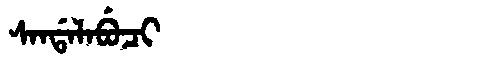
Manchu: ᠰᠠᠨᡩᠠᠯᠠᠪᡠᠴᡳ
Romanization: SANDALABUCI